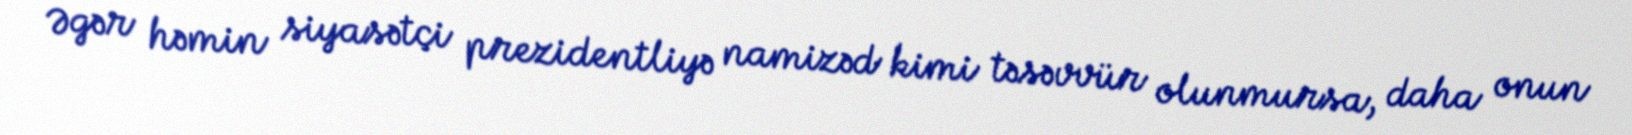
Əgər həmin siyasətçi prezidentliyə namizəd kimi təsəvvür olunmursa, daha onun